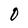
Character: 0